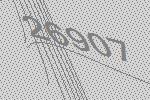
26907